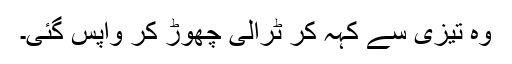
وہ تیزی سے کہہ کر ٹرالی چھوڑ کر واپس گئی۔